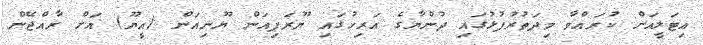
އިޓަލީއަށް ކުރައްވާ މިދަތުރުފުޅުގައި ދުންޔާގެ އަރިހުގައި ޔޫރަޕިއަން ޔޫނިއަން (އީޔޫ) އަށް ރާއްޖޭން